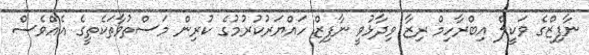
ނާފިޒްގެ ވަކީލް އިބްރާހިމް ރިޒާ ވިދާޅުވީ ނާފިޒް ހައްޔަރުކުރުމުގެ ކުރިން މަސްތުވާތަކެތީގެ އެއްވެސް